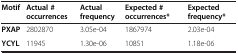
<table><thead><tr><td><b>Motif</b></td><td><b>Actual # occurrences</b></td><td><b>Actual frequency</b></td><td><b>Expected # occurrences*</b></td><td><b>Expected frequency*</b></td></tr></thead><tbody><tr><td><b>PXAP</b></td><td>2802870</td><td>3.05e-04</td><td>1867974</td><td>2.03e-04</td></tr><tr><td><b>YCYL</b></td><td>11945</td><td>1.30e-06</td><td>10851</td><td>1.18e-06</td></tr></tbody></table>